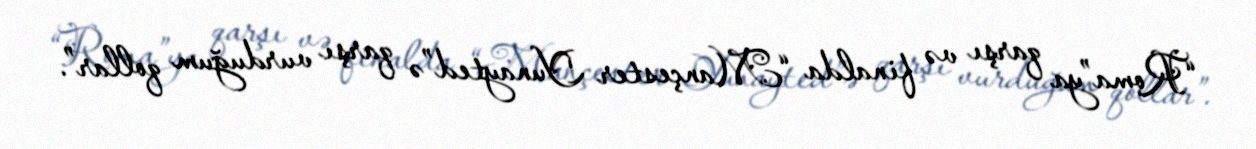
“Roma”ya qarşı və finalda “Mançester Yunayted”ə qarşı vurduğum qollar”.